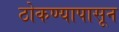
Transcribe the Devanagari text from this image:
ठोकण्यापासून